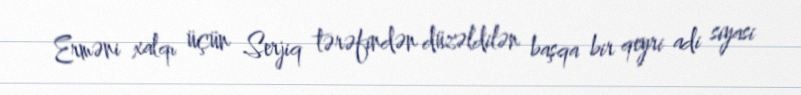
Erməni xalqı üçün Serjiq tərəfindən düzəldilən başqa bir qeyri adi siyasi